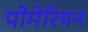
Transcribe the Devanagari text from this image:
पोमेरियन